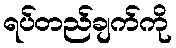
ရပ်တည်ချက်ကို